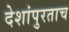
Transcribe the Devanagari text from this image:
देशांपुरताच